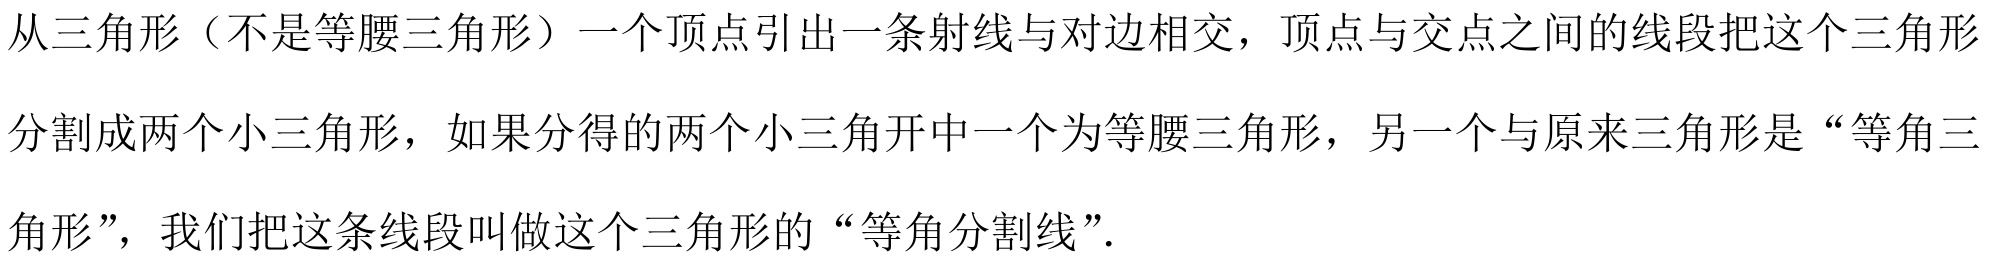
从三角形（不是等腰三角形）一个顶点引出一条射线与对边相交，顶点与交点之间的线段把这个三角形分割成两个小三角形，如果分得的两个小三角开中一个为等腰三角形，另一个与原来三角形是“等角三角形”，我们把这条线段叫做这个三角形的“等角分割线”.